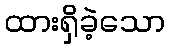
ထားရှိခဲ့သော